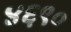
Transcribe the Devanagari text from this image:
४६९०